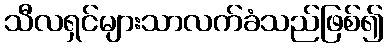
သီလရှင်များသာလက်ခံသည်ဖြစ်၍